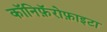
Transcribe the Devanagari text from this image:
कॉनिफ़ॅरोफ़ाइटा